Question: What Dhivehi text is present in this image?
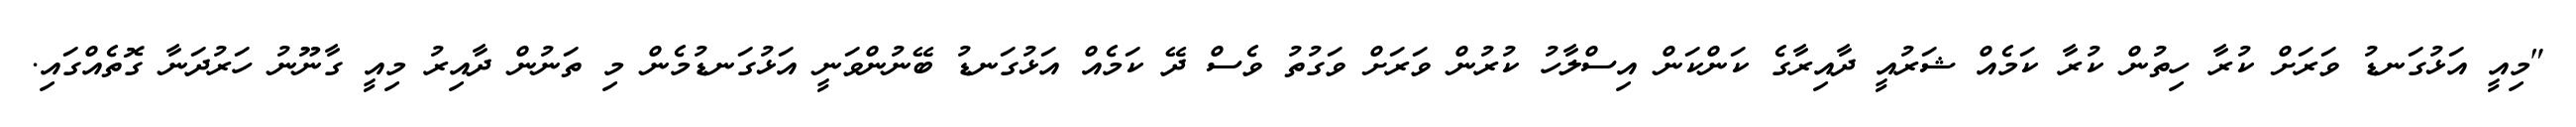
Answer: "މިއީ އަޅުގަނޑު ވަރަށް ކުރާ ހިތުން ކުރާ ކަމެއް ޝަރުއީ ދާއިރާގެ ކަންކަން އިސްލާހު ކުރުން ވަރަށް ވަގުތު ވެސް ދޭ ކަމެއް އަޅުގަނޑު ބޭނުންވަނީ އަޅުގަނޑުމެން މި ތަނުން ދާއިރު މިއީ ގާނޫނު ހަރުދަނާ ގޮތެއްގައި.